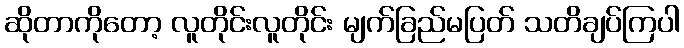
ဆိုတာကိုတော့ လူတိုင်းလူတိုင်း မျက်ခြည်မပြတ် သတိချပ်ကြပါ